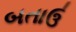
બતાઉ